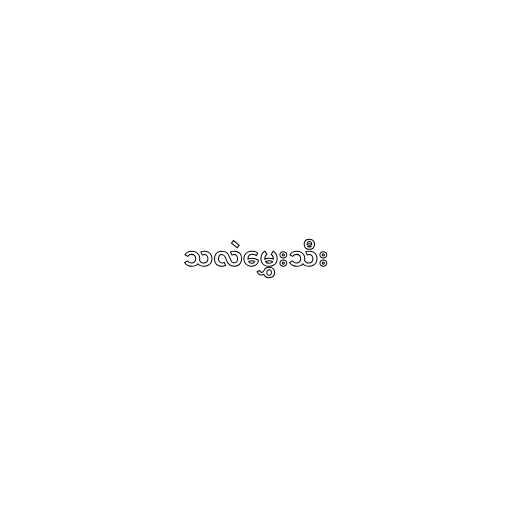
သလဲမွှေးသီး